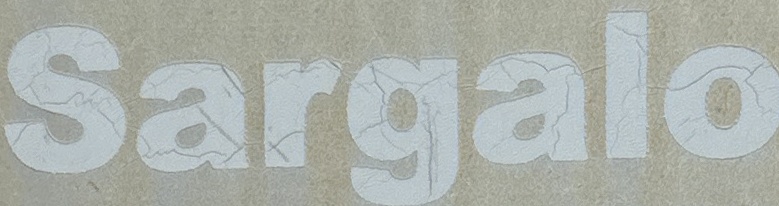
Sargalo